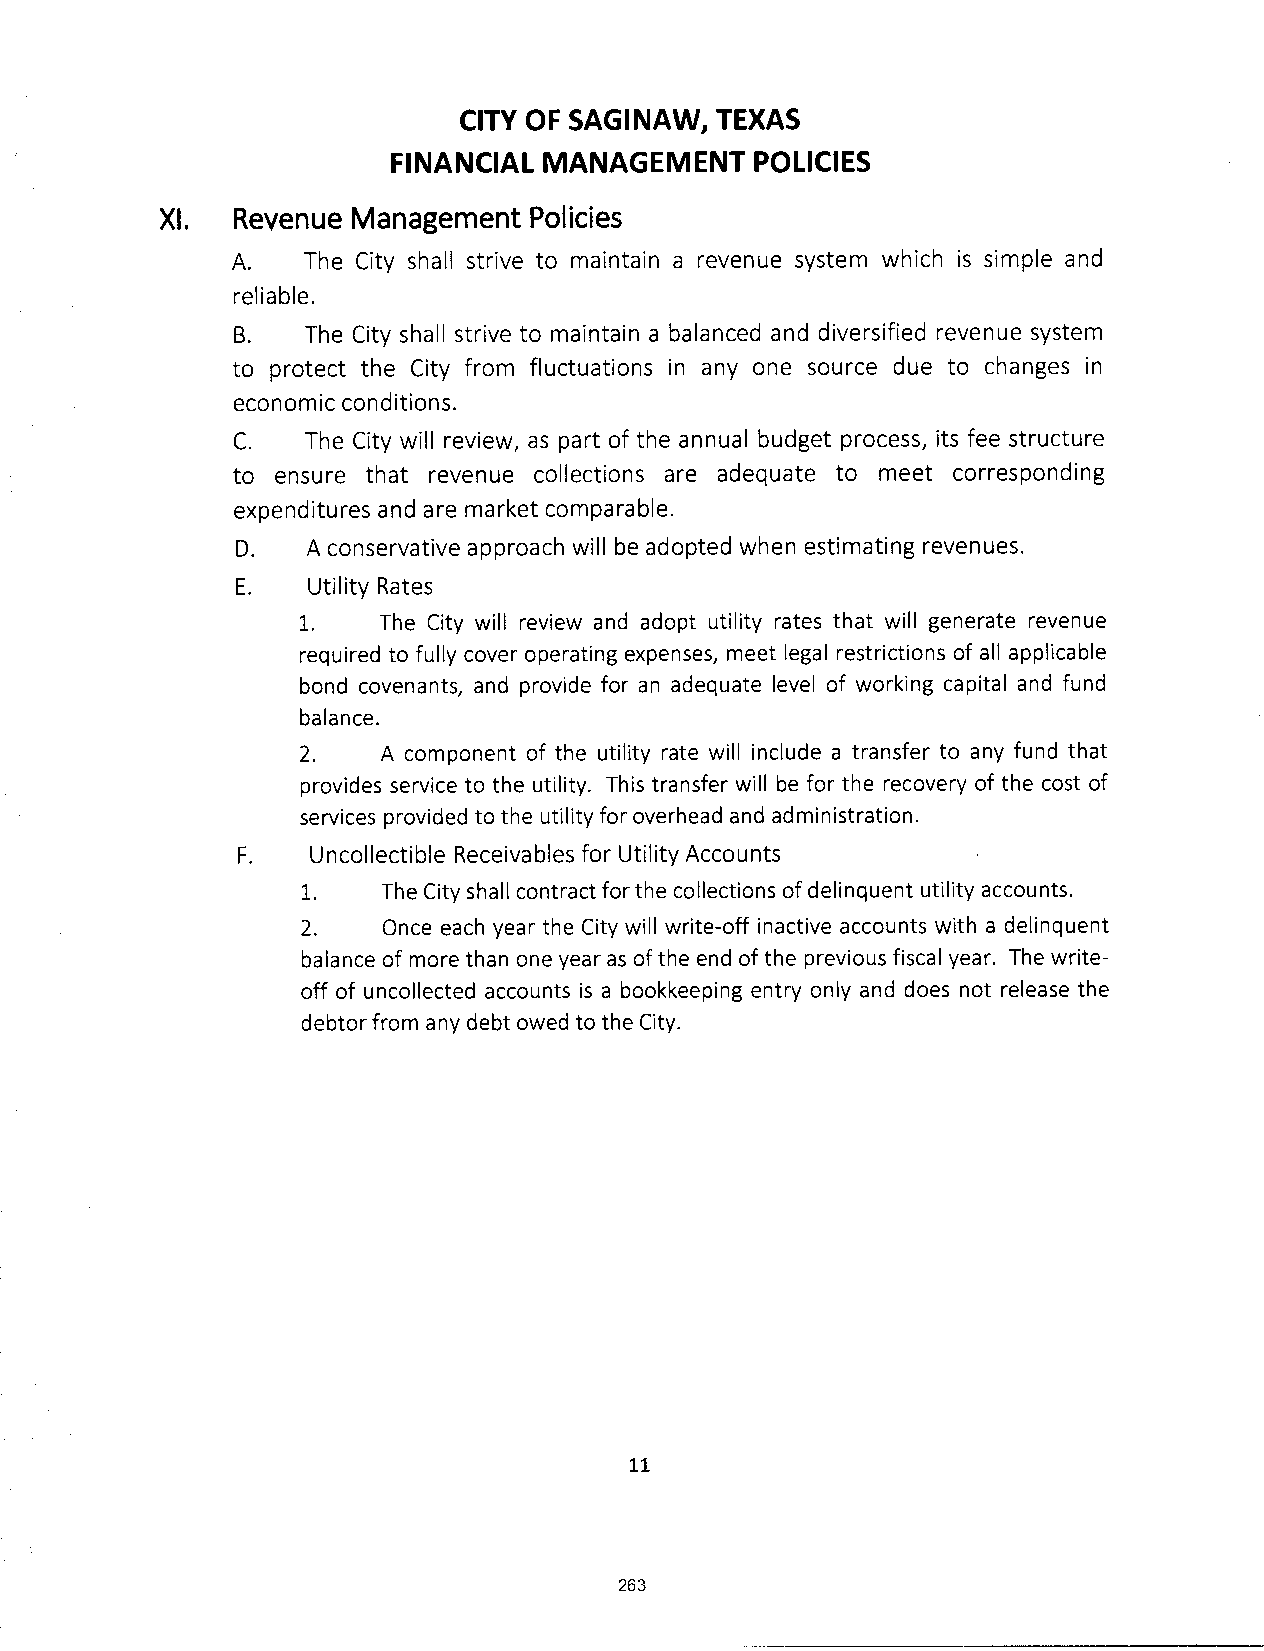
CITY OF SAGINAW, TEXAS
 FINANCIAL MANAGEMENT    POLICIES
 XI. Revenue Management  Policies
 A.   The City shall strive to maintain a revenue system which is simple and
 reliable.
 B.   The City shall strive to maintain a balanced and diversified revenue system
 to protect the City from fluctuations in any one source due to changes in
 economic conditions.
 C.   The City will review, as part of the annual budget process, its fee structure
 to ensure that revenue collections are adequate to meet corresponding
 expenditures and are market comparable.
 D.  A conservative approach will be adopted when estimating revenues.
 E.  Utility Rates
 1.   The City will review and adopt utility rates that will generate revenue
 required to fully cover operating expenses, meet legal restrictions of all applicable
 bond covenants, and provide for an adequate level of working capital and fund
 balance.
 2.   A component of the utility rate will include a transfer to any fund that
 provides service to the utility. This transfer will be for the recovery of the cost of
 services provided to the utility for overhead and administration.
 F.   Uncollectible Receivables for Utility Accounts
 1.   The City shall contract for the collections of delinquent utility accounts.
 2.   Once each year the City will write-off inactive accounts with a delinquent
 balance of more than one year as of the end ofthe previous fiscal year. The write-
 off of uncollected accounts is a bookkeeping entry only and does not release the
 debtor from any debt owed to the City.
 11
 263